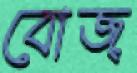
বোজ্‌